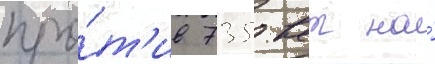
про́т'ив 735 квт на́